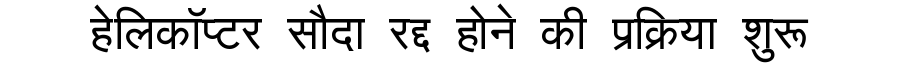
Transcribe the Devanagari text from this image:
हेलिकॉप्टर सौदा रद्द होने की प्रक्रिया शुरू